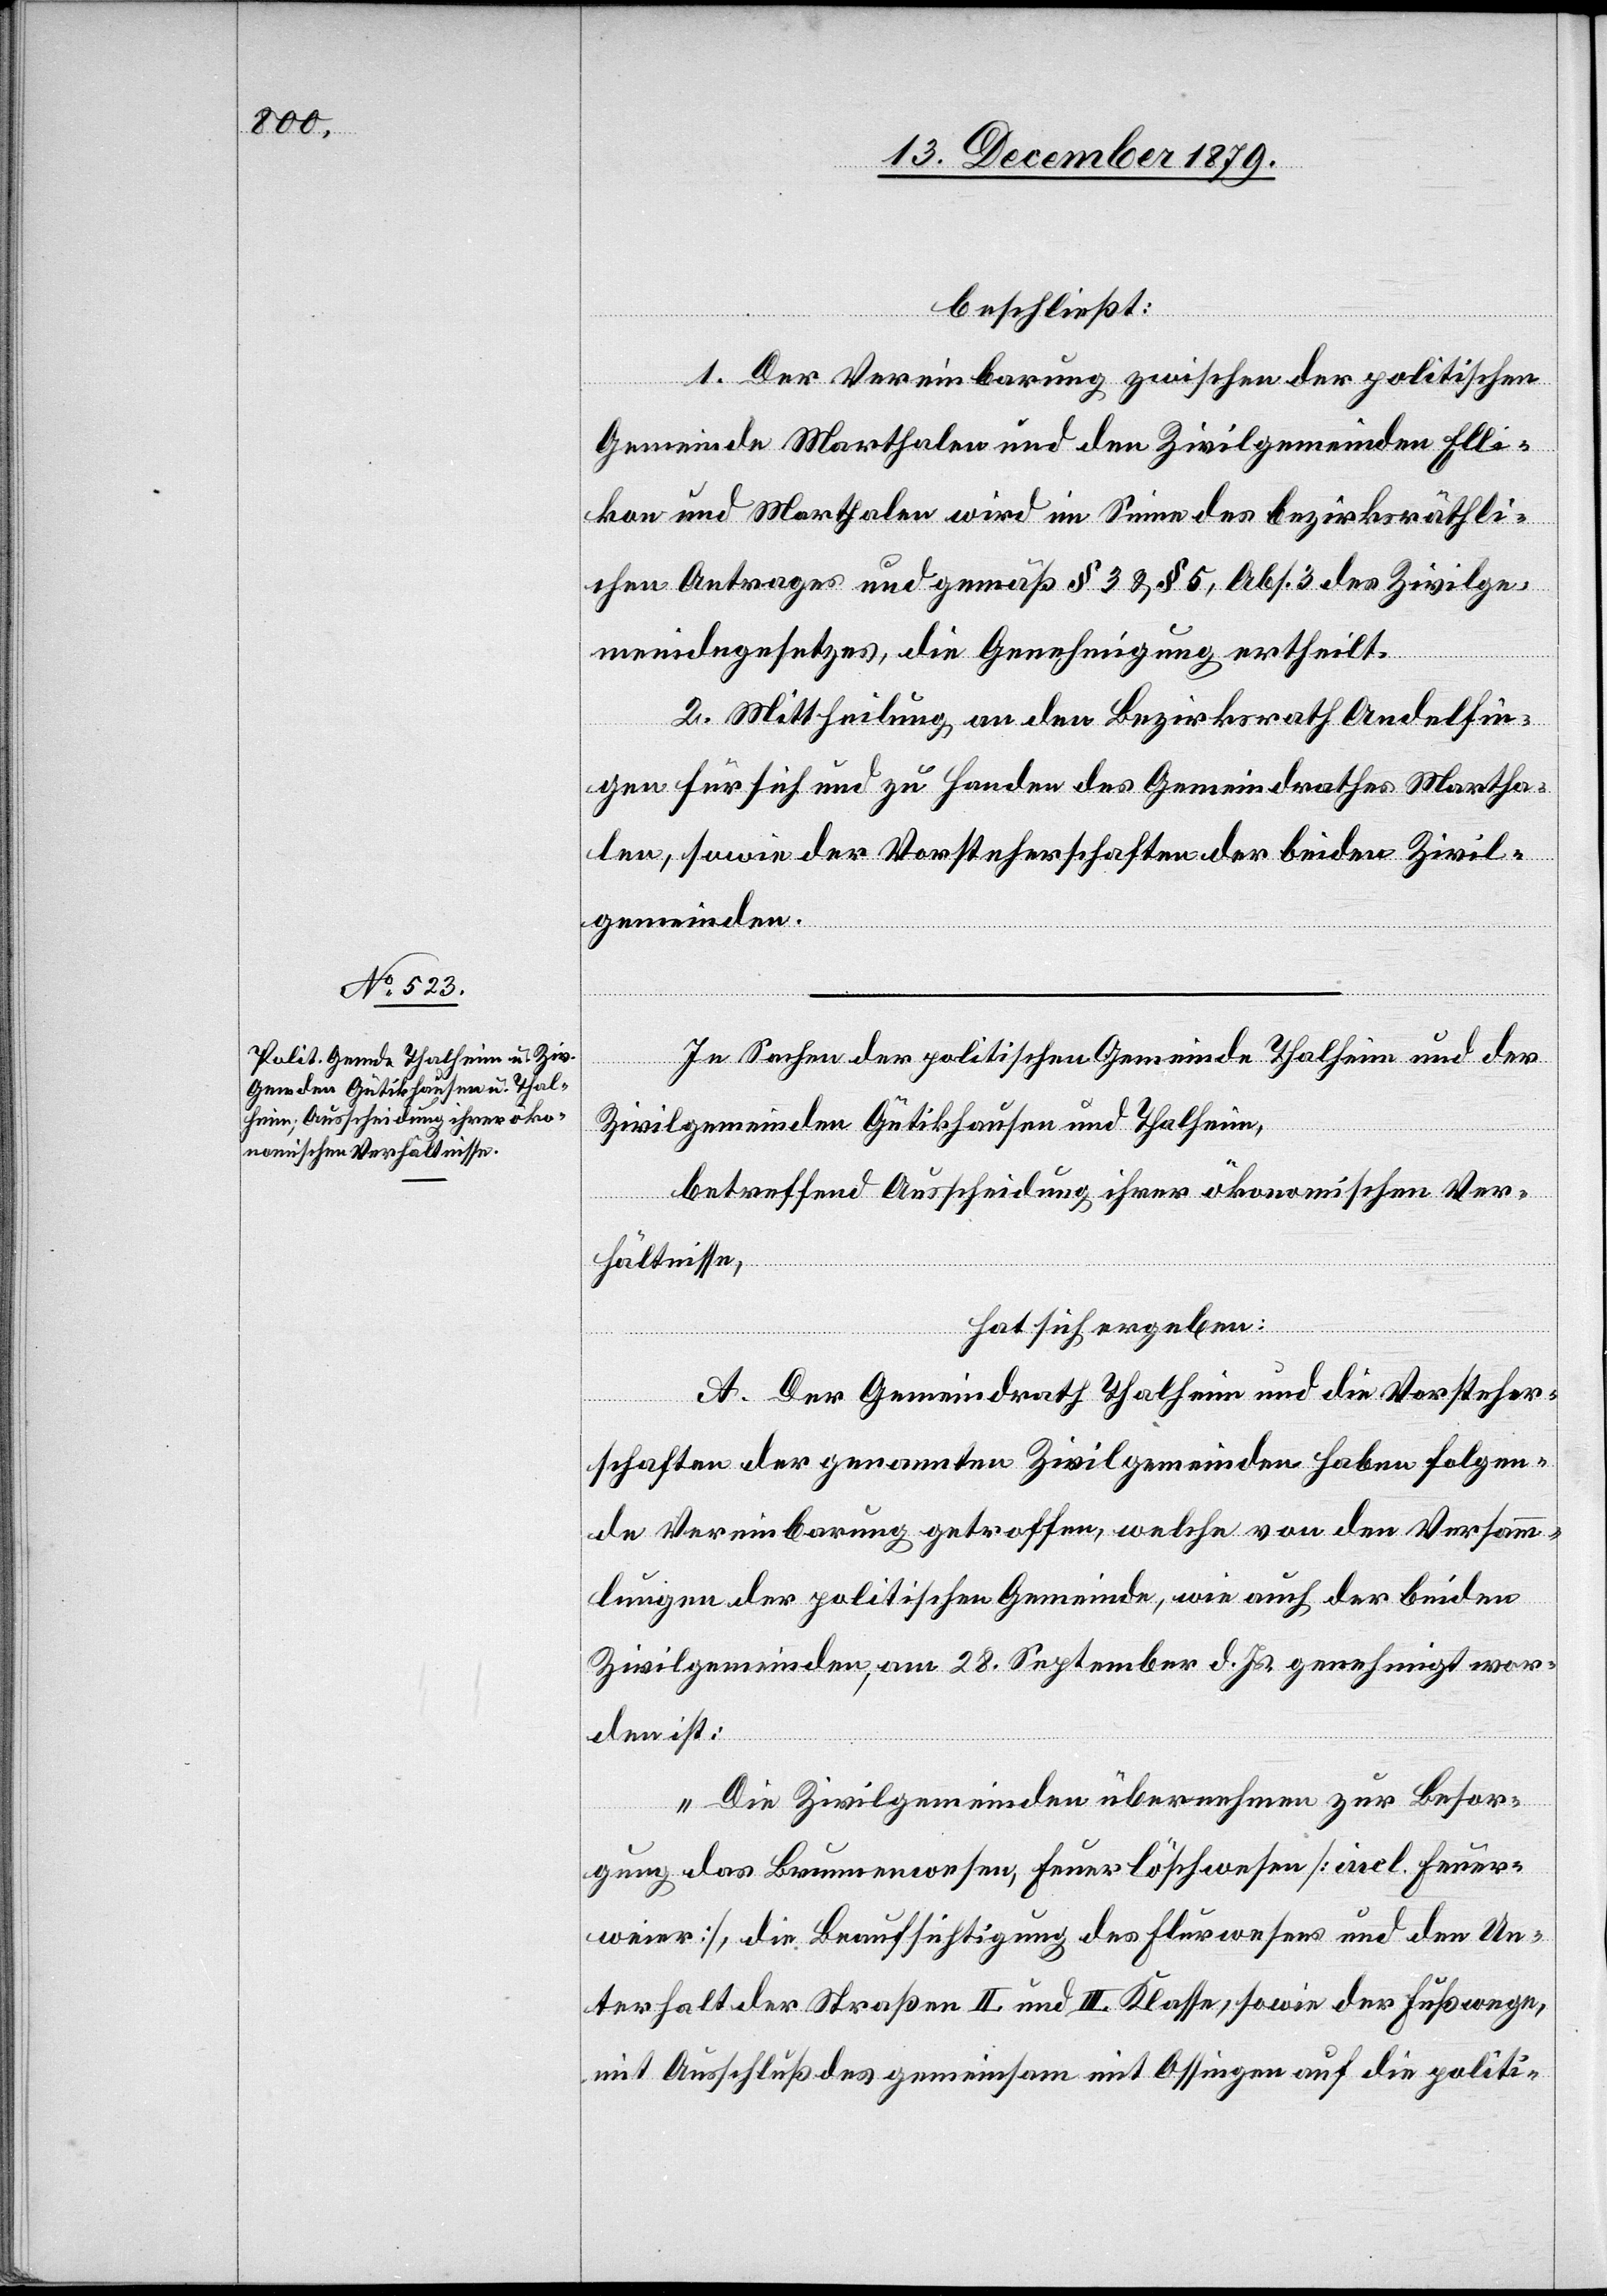
beschließt:
der
1. Der Vereinbarung zwischen der politischen
Gemeinde Marthalen und den Zivilgemeinden Elli¬
kon und Marthalen wird im Sinne des bezirksräthli¬
chen Antrages und gemäß § 3 & § 5, Abs. 3 des Zivilge¬
meindegesetzes, die Genehmigung ertheilt.
2. Mittheilung an den Bezirksrath Andelfin¬
gen für sich und zu Handen des Gemeindrathes Martha¬
len, sowie der Vorsteherschaften der beiden Zivil¬
gemeinden.
Zivilgemeinden Gütikhausen und Thalheim,
betreffend Ausscheidung ihrer ökonomischen Ver¬
hältnisse,
hat sich ergeben:
A. der Gemeindrath Thalheim und die Vorsteher¬
schaften der genannten Zivilgemeinden haben folgen¬
de Vereinbarung getroffen, welche von den Versamm¬
lungen der politischen Gemeinde, wie auch der beiden
Zivilgemeinden, am 28. September d. Js. genehmigt wor¬
den ist:
„Die Zivilgemeinden übernehmen zur Besor¬
gung das Brunnenwesen, Feuerlöschwesen [incl. Feuer¬
weier], die Beaufsichtigung des Flurwesens und den Un¬
terhalt der Straßen II. und III. Klasse sowie der Fußwege,
mit Ausschluß des gemeinsam mit Ossingen auf die politi-